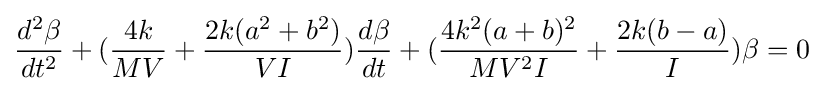
{\frac {d^{2}\beta }{dt^{2}}}+({\frac {4k}{MV}}+{\frac {2k(a^{2}+b^{2})}{VI}}){\frac {d\beta }{dt}}+({\frac {4k^{2}(a+b)^{2}}{MV^{2}I}}+{\frac {2k(b-a)}{I}})\beta =0